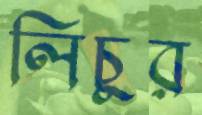
লিচুর